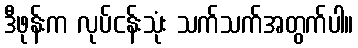
ဒီဖုန်းက လုပ်ငန်းသုံး သက်သက်အတွက်ပါ။